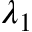
\lambda _ { 1 }